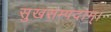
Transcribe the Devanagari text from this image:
सुखसम्पदाम्‌।